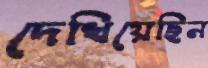
দেখিয়েছিন